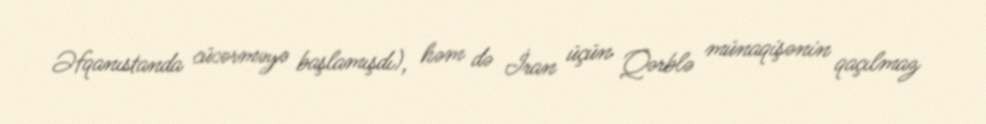
Əfqanıstanda cücərməyə başlamışdı), həm də İran üçün Qərblə münaqişənin qaçılmaz